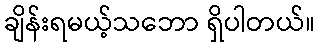
ချိန်းရမယ့်သဘော ရှိပါတယ်။